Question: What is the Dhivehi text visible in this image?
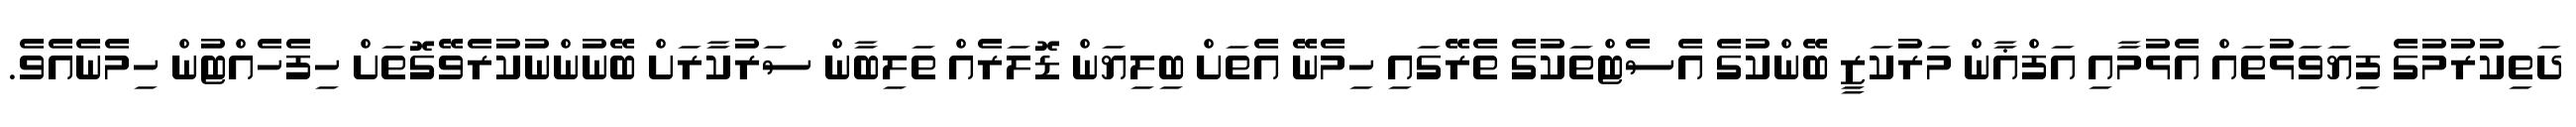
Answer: ދަތިކުރުމުގެ ފިޔަވަޅުތައް އެޅުމާއި އަފްޣާން މަރުކަޒީ ބޭންކުގެ އެސެޓްތަކުގެ ތެރޭގައި ހިމެނޭ އެތަށް ބިލިޔަން ޑޮލަރެއް ތަލިބާން ސަރުކާރަށް ބޭނުންނުކުރެވޭގޮތަށް ހިފެހެއްޓުން ހިމެނެއެވެ.